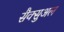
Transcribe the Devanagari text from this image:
सैक्सुअल